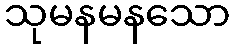
သုမနမနသော